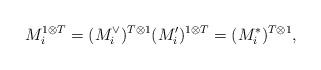
LaTeX: \begin{align*}M_{i}^{1\otimes T}=(M_{i}^{\vee })^{T\otimes 1}(M_{i}^{\prime })^{1\otimes T}=(M_{i}^{\ast })^{T\otimes 1},\end{align*}